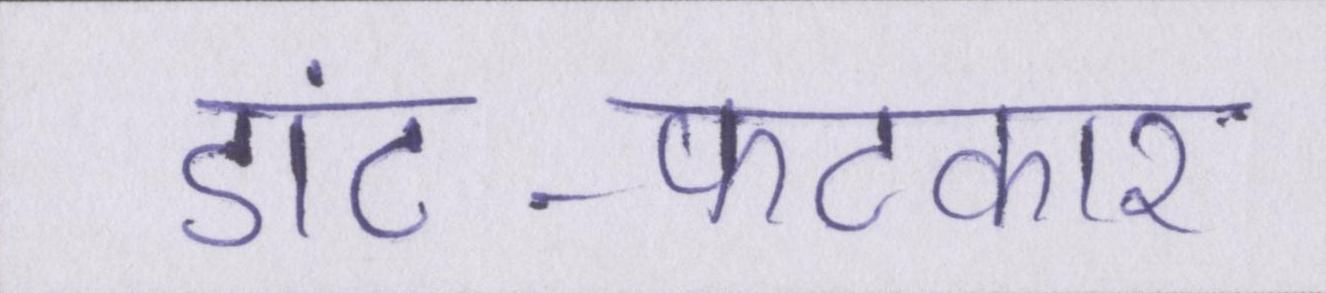
डांट-फटकार